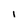
Character: 1